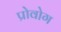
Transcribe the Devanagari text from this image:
प्रोवोग